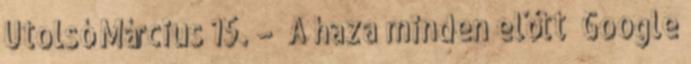
Utolsó Március 15. – „A haza minden előtt” Google